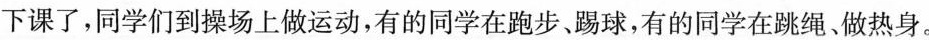
下课了，同学们到操场上做运动，有的同学在跑步、踢球，有的同学在跳绳、做热身。